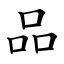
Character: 品